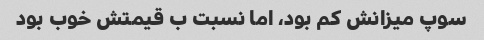
سوپ میزانش کم بود، اما نسبت ب قیمتش خوب بود